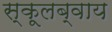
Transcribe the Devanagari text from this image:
स्कूलब्वाय